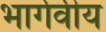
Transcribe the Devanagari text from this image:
भार्गवीय